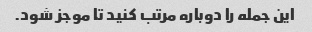
این جمله را دوباره مرتب کنید تا موجز شود.